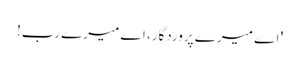
' اے میرے پروردگار، اے میرے رب!